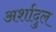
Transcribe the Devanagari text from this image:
अर्शादुल